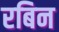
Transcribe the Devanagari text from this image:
रबिन